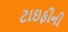
ટાઇફીની